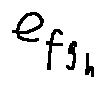
e _ { f _ { g _ { h } } }